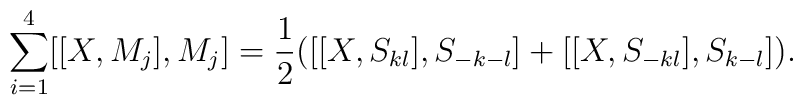
\sum_{i=1}^{4}\bigl [[X,M_j],M_j\bigr ]={1\over 2}\bigl (   \bigl [[X,S_{kl}],S_{-k-l} \bigr ]+\bigl [[X,S_{-kl}],S_{k-l} \bigr ]\bigr ).\nonumber